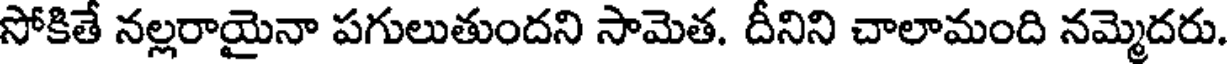
సోకితే నల్లరాయైనా పగులుతుందని సామెత. దీనిని చాలామంది నమ్మెదరు.